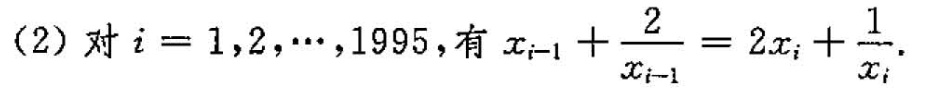
(2)对$$i = 1，2，…，1995$$，有 $$x_{i-1}+ \frac{2}{x_{i-1}}=2x_{i}+ \frac{1}{x_{i}}.$$